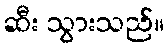
ဆီး သွားသည်။